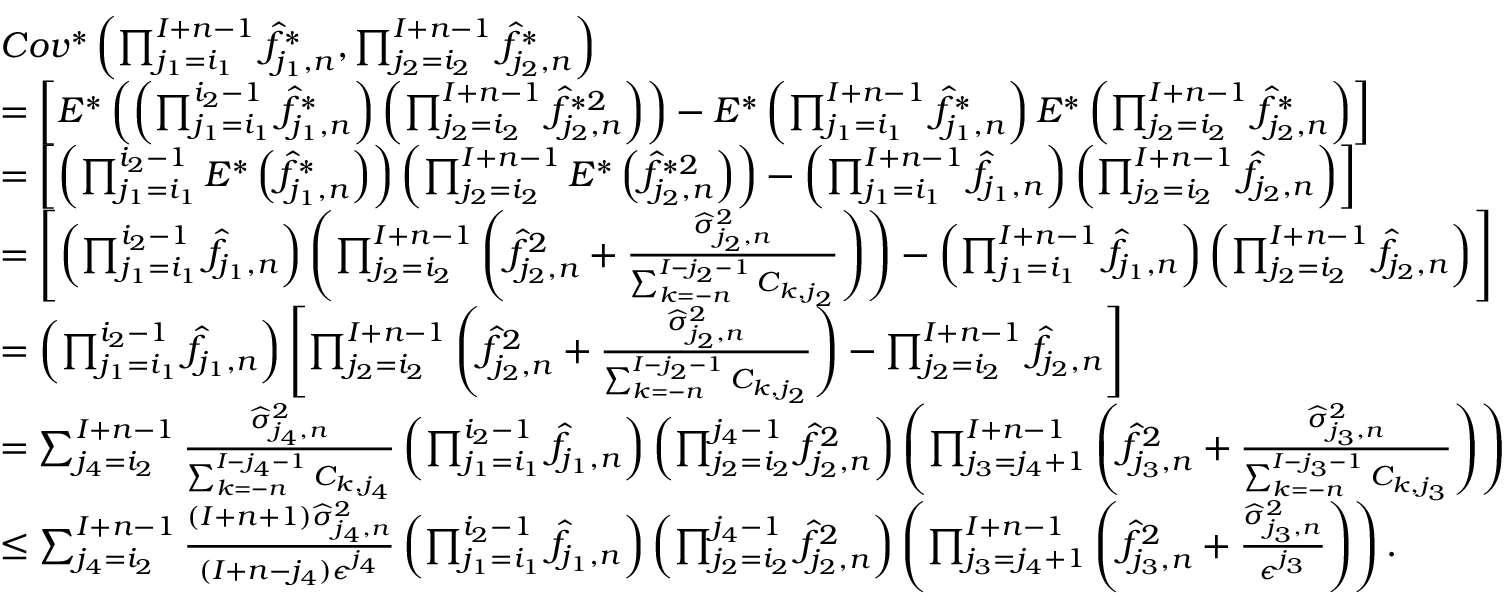
\begin{array} { r l } & { C o v ^ { * } \left( \prod _ { j _ { 1 } = i _ { 1 } } ^ { I + n - 1 } \widehat f _ { j _ { 1 } , n } ^ { * } , \prod _ { j _ { 2 } = i _ { 2 } } ^ { I + n - 1 } \widehat f _ { j _ { 2 } , n } ^ { * } \right) } \\ & { = \left[ E ^ { * } \left( \left( \prod _ { j _ { 1 } = i _ { 1 } } ^ { i _ { 2 } - 1 } \widehat f _ { j _ { 1 } , n } ^ { * } \right) \left( \prod _ { j _ { 2 } = i _ { 2 } } ^ { I + n - 1 } \widehat f _ { j _ { 2 } , n } ^ { * 2 } \right) \right) - E ^ { * } \left( \prod _ { j _ { 1 } = i _ { 1 } } ^ { I + n - 1 } \widehat f _ { j _ { 1 } , n } ^ { * } \right) E ^ { * } \left( \prod _ { j _ { 2 } = i _ { 2 } } ^ { I + n - 1 } \widehat f _ { j _ { 2 } , n } ^ { * } \right) \right] } \\ & { = \left[ \left( \prod _ { j _ { 1 } = i _ { 1 } } ^ { i _ { 2 } - 1 } E ^ { * } \left( \widehat f _ { j _ { 1 } , n } ^ { * } \right) \right) \left( \prod _ { j _ { 2 } = i _ { 2 } } ^ { I + n - 1 } E ^ { * } \left( \widehat f _ { j _ { 2 } , n } ^ { * 2 } \right) \right) - \left( \prod _ { j _ { 1 } = i _ { 1 } } ^ { I + n - 1 } \widehat f _ { j _ { 1 } , n } \right) \left( \prod _ { j _ { 2 } = i _ { 2 } } ^ { I + n - 1 } \widehat f _ { j _ { 2 } , n } \right) \right] } \\ & { = \left[ \left( \prod _ { j _ { 1 } = i _ { 1 } } ^ { i _ { 2 } - 1 } \widehat f _ { j _ { 1 } , n } \right) \left( \prod _ { j _ { 2 } = i _ { 2 } } ^ { I + n - 1 } \left( \widehat f _ { j _ { 2 } , n } ^ { 2 } + \frac { \widehat \sigma _ { j _ { 2 } , n } ^ { 2 } } { \sum _ { k = - n } ^ { I - j _ { 2 } - 1 } C _ { k , j _ { 2 } } } \right) \right) - \left( \prod _ { j _ { 1 } = i _ { 1 } } ^ { I + n - 1 } \widehat f _ { j _ { 1 } , n } \right) \left( \prod _ { j _ { 2 } = i _ { 2 } } ^ { I + n - 1 } \widehat f _ { j _ { 2 } , n } \right) \right] } \\ & { = \left( \prod _ { j _ { 1 } = i _ { 1 } } ^ { i _ { 2 } - 1 } \widehat f _ { j _ { 1 } , n } \right) \left[ \prod _ { j _ { 2 } = i _ { 2 } } ^ { I + n - 1 } \left( \widehat f _ { j _ { 2 } , n } ^ { 2 } + \frac { \widehat \sigma _ { j _ { 2 } , n } ^ { 2 } } { \sum _ { k = - n } ^ { I - j _ { 2 } - 1 } C _ { k , j _ { 2 } } } \right) - \prod _ { j _ { 2 } = i _ { 2 } } ^ { I + n - 1 } \widehat f _ { j _ { 2 } , n } \right] } \\ & { = \sum _ { j _ { 4 } = i _ { 2 } } ^ { I + n - 1 } \frac { \widehat \sigma _ { j _ { 4 } , n } ^ { 2 } } { \sum _ { k = - n } ^ { I - j _ { 4 } - 1 } C _ { k , j _ { 4 } } } \left( \prod _ { j _ { 1 } = i _ { 1 } } ^ { i _ { 2 } - 1 } \widehat f _ { j _ { 1 } , n } \right) \left( \prod _ { j _ { 2 } = i _ { 2 } } ^ { j _ { 4 } - 1 } \widehat f _ { j _ { 2 } , n } ^ { 2 } \right) \left( \prod _ { j _ { 3 } = j _ { 4 } + 1 } ^ { I + n - 1 } \left( \widehat f _ { j _ { 3 } , n } ^ { 2 } + \frac { \widehat \sigma _ { j _ { 3 } , n } ^ { 2 } } { \sum _ { k = - n } ^ { I - j _ { 3 } - 1 } C _ { k , j _ { 3 } } } \right) \right) } \\ & { \leq \sum _ { j _ { 4 } = i _ { 2 } } ^ { I + n - 1 } \frac { ( I + n + 1 ) \widehat \sigma _ { j _ { 4 } , n } ^ { 2 } } { ( I + n - j _ { 4 } ) \epsilon ^ { j _ { 4 } } } \left( \prod _ { j _ { 1 } = i _ { 1 } } ^ { i _ { 2 } - 1 } \widehat f _ { j _ { 1 } , n } \right) \left( \prod _ { j _ { 2 } = i _ { 2 } } ^ { j _ { 4 } - 1 } \widehat f _ { j _ { 2 } , n } ^ { 2 } \right) \left( \prod _ { j _ { 3 } = j _ { 4 } + 1 } ^ { I + n - 1 } \left( \widehat f _ { j _ { 3 } , n } ^ { 2 } + \frac { \widehat \sigma _ { j _ { 3 } , n } ^ { 2 } } { \epsilon ^ { j _ { 3 } } } \right) \right) . } \end{array}